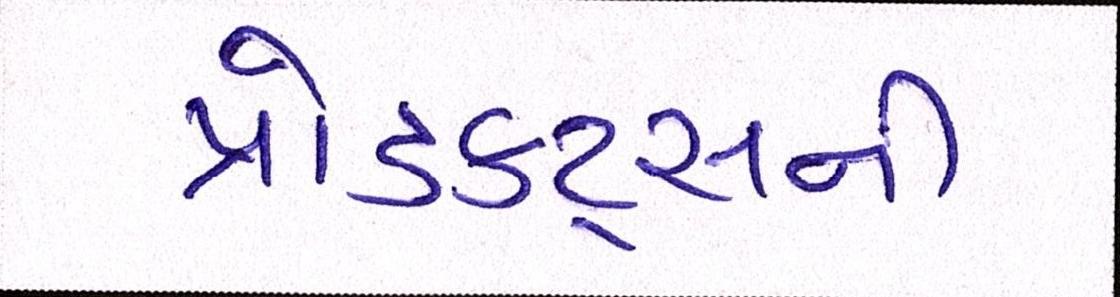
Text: પ્રોડક્ટ્સની